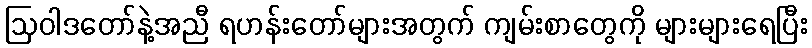
ဩဝါဒတော်နဲ့အညီ ရဟန်းတော်များအတွက် ကျမ်းစာတွေကို များများရေပြီး